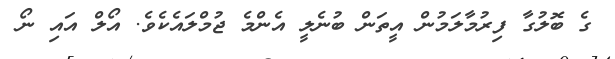
ގެ ބޮލުގާ ފިރުމާލަމުން އީތަން ބުނެލީ އެންމެ ޖުމްލައެކެވެ. އޯލް އައި ނޯ